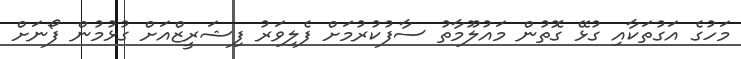
މަހުގެ އަގުތަކާއި ގުޅޭ ގޮތުން މައުލޫމާތު ސާފުކުރުމަށް ފެލިވަރު ފިޝަރީޒްއަށް ގުޅުމުން ފޯނަށް